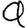
Digit: 9